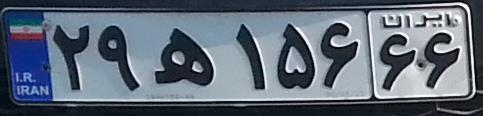
۲۹ه۱۵۶۶۶